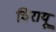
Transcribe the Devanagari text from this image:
चिरायू